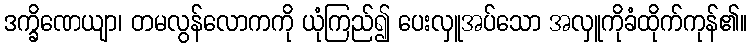
ဒက္ခိဏေယျာ၊ တမလွန်လောကကို ယုံကြည်၍ ပေးလှူအပ်သော အလှူကိုခံထိုက်ကုန်၏။